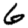
Digit: 6